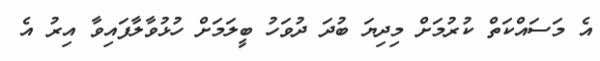
އެ މަސައްކަތް ކުރުމަށް މިދިޔަ ބުދަ ދުވަހު ބީލަމަށް ހުޅުވާލާފައިވާ އިރު އެ